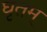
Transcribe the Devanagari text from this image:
घृतम्